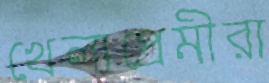
খেলাপ্রেমীরা